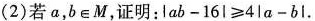
(2)若a，b\in M，证明：lab-16|≥4|a-bI.